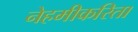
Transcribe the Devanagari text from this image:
नेहमीकरिता